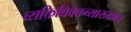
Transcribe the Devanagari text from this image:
व्यक्तिविवेकव्याख्यान्‌